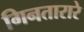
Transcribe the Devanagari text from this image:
गिनतारारे